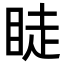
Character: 𥆥